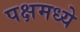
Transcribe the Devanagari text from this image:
पक्षमध्ये